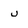
Character: u